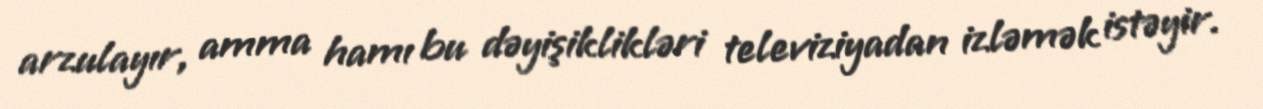
arzulayır, amma hamı bu dəyişiklikləri televiziyadan izləmək istəyir.